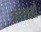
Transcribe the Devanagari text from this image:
कोरलली